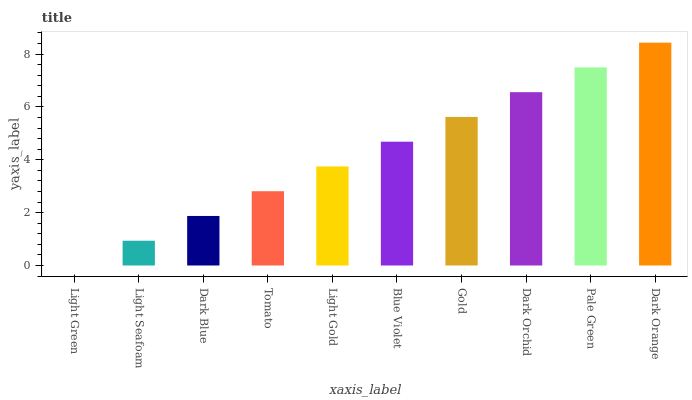
| xaxis_label | bars |
 | --- | --- |
 | Light Green | 0 |
 | Light Seafoam | 0.937 |
 | Dark Blue | 1.87 |
 | Tomato | 2.81 |
 | Light Gold | 3.75 |
 | Blue Violet | 4.68 |
 | Gold | 5.62 |
 | Dark Orchid | 6.56 |
 | Pale Green | 7.49 |
 | Dark Orange | 8.43 |